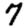
Digit: 7